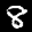
Label: 8